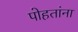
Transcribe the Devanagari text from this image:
पोहतांना